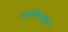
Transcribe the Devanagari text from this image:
व्यक्तिमात्रा